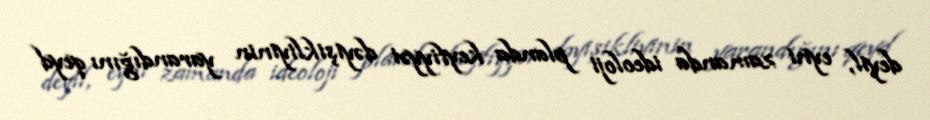
deyil, eyni zamanda ideoloji planda keyfiyyət dəyişikliyinin yarandığını qeyd